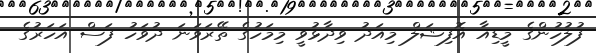
ފުލުހުންގެ މީޑިއާ އޮފިޝަލް މިއަދު ވިދާޅުވީ މިމަހުގެ ތޭރަވަނަ ދުވަހު ފަސް އަހަރުގެ